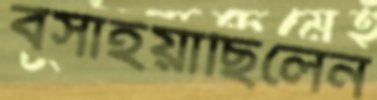
বসাইয়াছিলেন